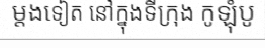
ម្តងទៀត នៅក្នុងទីក្រុង កូឡុំបូ